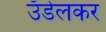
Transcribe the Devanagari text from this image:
उँडेलकर